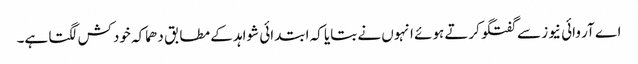
اے آر وائی نیوز سے گفتگو کرتے ہوئے انہوں نے بتایا کہ ابتدائی شواہد کے مطابق دھماکہ خودکش لگتا ہے۔